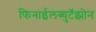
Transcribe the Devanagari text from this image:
फिनाईलब्युटॅझोन